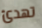
تهدئ